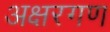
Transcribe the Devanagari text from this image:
अक्षरगण